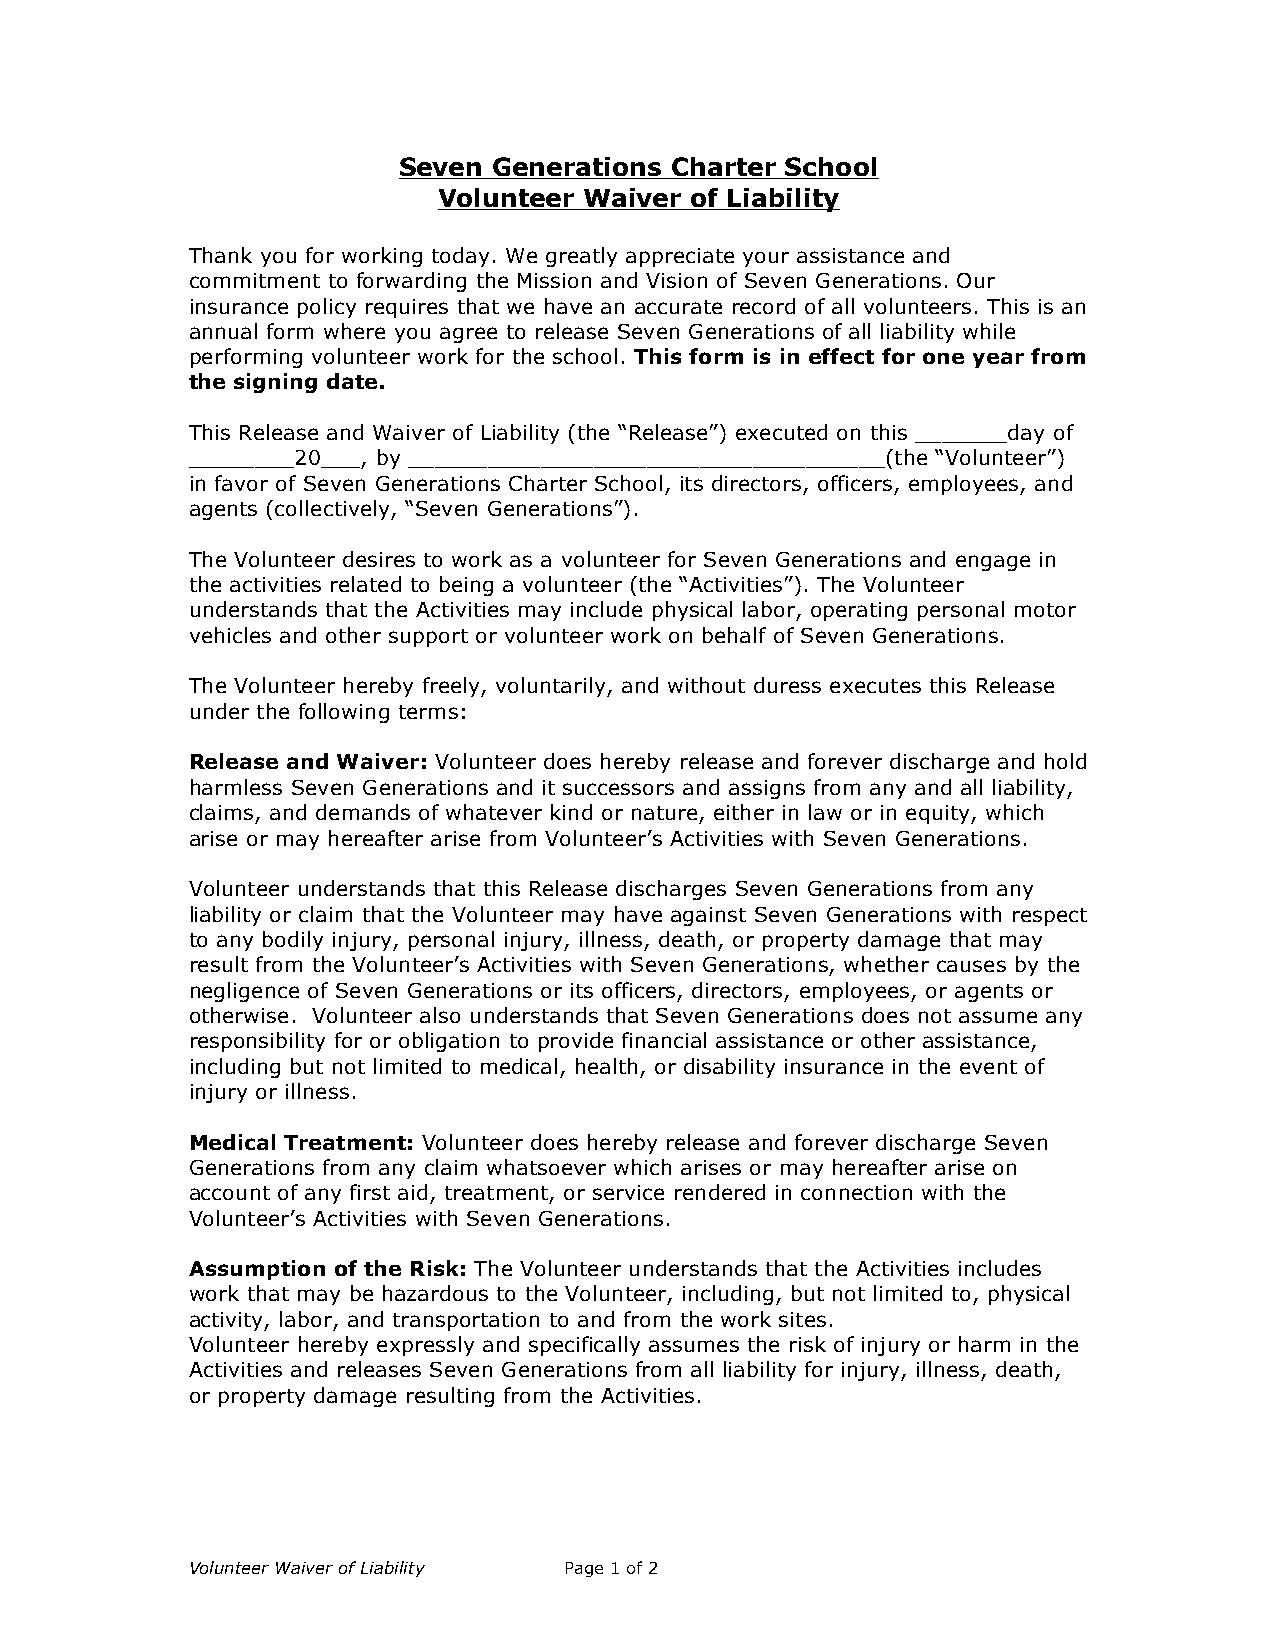
Seven  Generations Charter School
 Volunteer Waiver of Liability
 Thank you for working today. We greatly appreciate your assistance and
 commitment to forwarding the Mission and Vision of Seven Generations. Our
 insurance policy requires that we have an accurate record of all volunteers. This is an
 annual form where you agree to release Seven Generations of all liability while
 performing volunteer work for the school. This form is in effect for one year from
 the signing date.
 This Release and Waiver of Liability (the “Release”) executed on this _______day of
 ________20___, by ____________________________________(the “Volunteer”)
 in favor of Seven Generations Charter School, its directors, officers, employees, and
 agents (collectively, “Seven Generations”).
 The Volunteer desires to work as a volunteer for Seven Generations and engage in
 the activities related to being a volunteer (the “Activities”). The Volunteer
 understands that the Activities may include physical labor, operating personal motor
 vehicles and other support or volunteer work on behalf of Seven Generations.
 The Volunteer hereby freely, voluntarily, and without duress executes this Release
 under the following terms:
 Release and Waiver: Volunteer does hereby release and forever discharge and hold
 harmless Seven Generations and it successors and assigns from any and all liability,
 claims, and demands of whatever kind or nature, either in law or in equity, which
 arise or may hereafter arise from Volunteer’s Activities with Seven Generations.
 Volunteer understands that this Release discharges Seven Generations from any
 liability or claim that the Volunteer may have against Seven Generations with respect
 to any bodily injury, personal injury, illness, death, or property damage that may
 result from the Volunteer’s Activities with Seven Generations, whether causes by the
 negligence of Seven Generations or its officers, directors, employees, or agents or
 otherwise. Volunteer also understands that Seven Generations does not assume any
 responsibility for or obligation to provide financial assistance or other assistance,
 including but not limited to medical, health, or disability insurance in the event of
 injury or illness.
 Medical Treatment: Volunteer does hereby release and forever discharge Seven
 Generations from any claim whatsoever which arises or may hereafter arise on
 account of any first aid, treatment, or service rendered in connection with the
 Volunteer’s Activities with Seven Generations.
 Assumption of the Risk: The Volunteer understands that the Activities includes
 work that may be hazardous to the Volunteer, including, but not limited to, physical
 activity, labor, and transportation to and from the work sites.
 Volunteer hereby expressly and specifically assumes the risk of injury or harm in the
 Activities and releases Seven Generations from all liability for injury, illness, death,
 or property damage resulting from the Activities.
 Volunteer Waiver of Liability Page 1 of 2